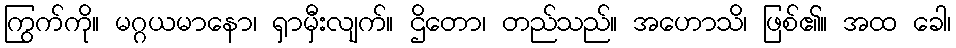
ကြွက်ကို။ မဂ္ဂယမာနော၊ ရှာမှီးလျက်။ ဌိတော၊ တည်သည်။ အဟောသိ၊ ဖြစ်၏။ အထ ခေါ၊